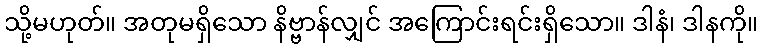
သို့မဟုတ်။ အတုမရှိသော နိဗ္ဗာန်လျှင် အကြောင်းရင်းရှိသော။ ဒါနံ၊ ဒါနကို။